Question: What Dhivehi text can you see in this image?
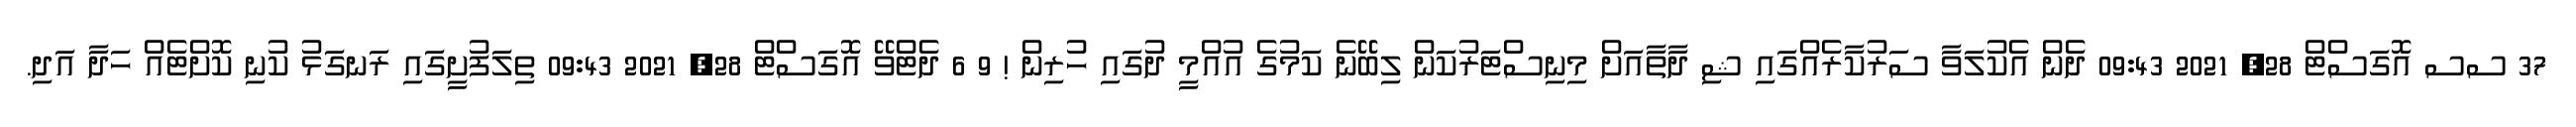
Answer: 37 ސސ އޮގަސްޓް 28, 2021 09:43 ދެން އެކުލަވާ ސަރުކާރެއްގައި ޝި ދާތާއަށް މިނިސްޓަރުކަން ލިބޭނެ ކަމުގެ އުއްމީ ދުގައި ހުރިން ! 9 6 ދެޓްވޭ އޮގަސްޓް 28, 2021 09:43 ތިލަފުށީގައި ރަނގަޅު ކުނި ކޮށްޓެއް ހަދާ އަދި.